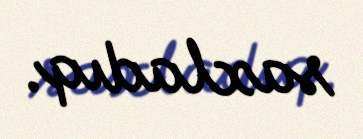
saxladıq.